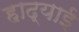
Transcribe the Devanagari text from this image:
हाद्याई